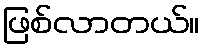
ဖြစ်လာတယ်။